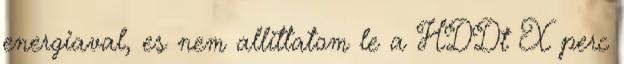
energiaval, es nem allittatom le a HDDt X perc